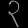
Digit: ၃